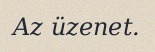
Az üzenet.